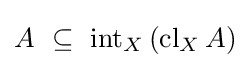
A~\subseteq ~\operatorname {int} _{X}\left(\operatorname {cl} _{X}A\right)